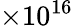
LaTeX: \mathrm{\times 10^{16}}